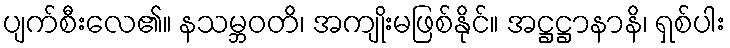
ပျက်စီးလေ၏။ နသမ္ဘဝတိ၊ အကျိုးမဖြစ်နိုင်။ အဋ္ဌဋ္ဌာနာနိ၊ ရှစ်ပါး